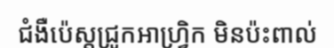
ជំងឺប៉េស្តជ្រូកអាហ្វ្រិក មិនប៉ះពាល់